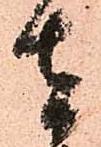
者